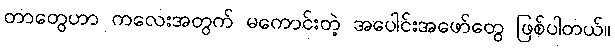
တာတွေဟာ ကလေးအတွက် မကောင်းတဲ့ အပေါင်းအဖော်တွေ ဖြစ်ပါတယ်။